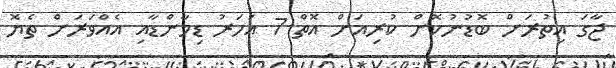
ޖާގަ އިތުރަށް ބޮޑުނުކޮށް ކުރިއަށް އޮތް 7 އަހަރު ޑިމާންޑާއި އެއްވަރަށް ތެޔޮ